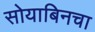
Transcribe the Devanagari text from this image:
सोयाबिनचा